Leprosy in India: report of the Leprosy Commission in India, 1890-91
Year: 1890
Disease focus: Leprosy
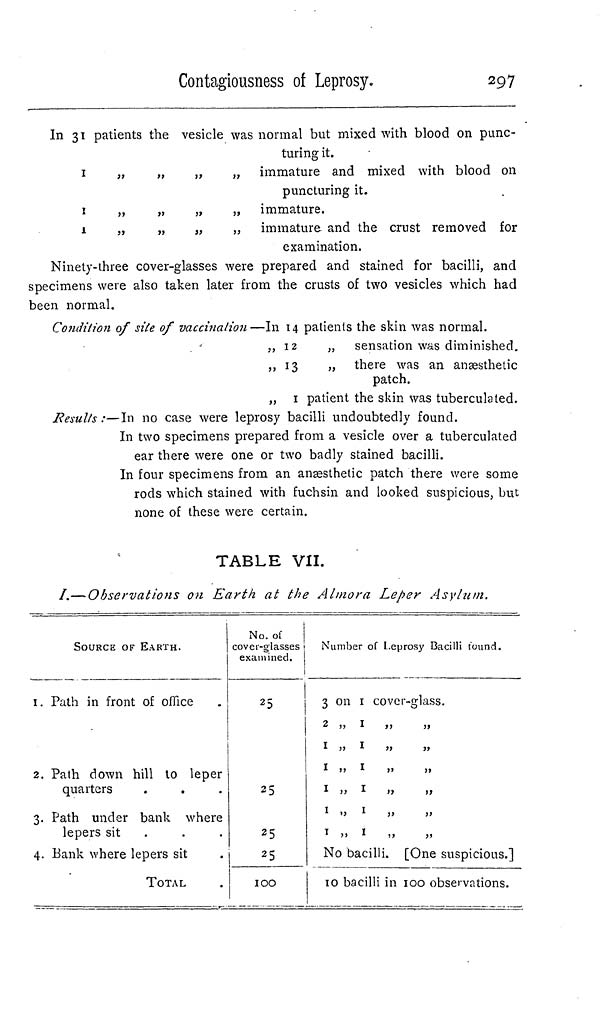
Contagiousness of Leprosy.
297
In 31 patients the vesicle was normal but mixed with blood on punc-
turing it.
1
1
1
,,
,,
,,
,,
,,
,,
,,
,,
,,
,,
,,
,,
immature and mixed with blood on
puncturing it.
immature.
immature and the crust removed for
examination.
Ninety-three cover-glasses were prepared and stained for bacilli, and
specimens were also taken later from the crusts of two vesicles which had
been normal.
Condition of site of vaccination —In
,,
,,
,,
12
13
1
patients the skin was normal.
„ sensation was diminished.
„ there was an anaesthetic
patch.
patient the skin was tuberculated.
Results:—In no case were leprosy bacilli undoubtedly found.
In two specimens prepared from a vesicle over a tuberculated
ear there were one or two badly stained bacilli.
In four specimens from an anaesthetic patch there were some
rods which stained with fuchsin and looked suspicious, but
none of these were certain.
TABLE VII.
I.—Observations on Earth at the Almora Leper Asylum.
SOURCE OF EARTH.
1. Path in front of office
2. Path down hill to leper
quarters
3. Path under bank where
lepers sit
4. Bank where lepers sit
TOTAL
No. of
cover-glasses
examined.
25
25
25
25
100
Number of Leprosy Bacilli found.
3 on 1 cover-glass.
2
,,
1
,,
,,
1 ,, 1 ,, ,,
1 ,, 1 ,, ,,
1 ,, 1 ,, ,,
1 ,, 1 ,, ,,
1 ,, 1 ,, ,,
No bacilli. [One suspicious.]
10 bacilli in 100 observations.